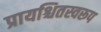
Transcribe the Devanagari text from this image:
प्रायश्चितस्वरूप